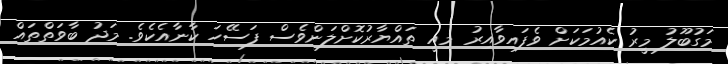
މަގުބޫލު މީރު ކެއުމަކަށް ވެފައިވާއިރު މިއީ ތައްޔާރުކޮށްލަންވެސް ފަސޭހަ ކާނާއެކެވެ. މަދު ބާވަތްތައް